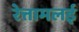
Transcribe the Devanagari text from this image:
रेत्तामलई